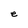
Character: e